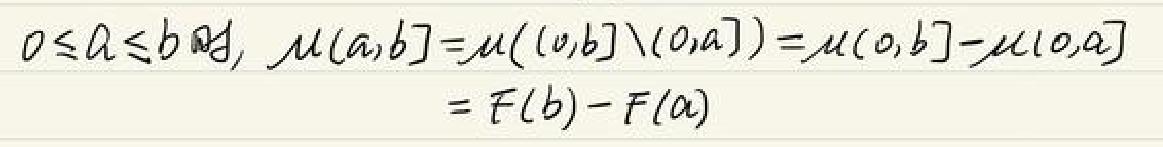
$0\leq a\leq b时,\ \mu(a,b]=\mu((0,b]\backslash(0,a])=\mu(0,b]-\mu(0,a]\\=F(b)-F(a)$